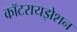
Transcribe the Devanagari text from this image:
कॉटरायझेशन